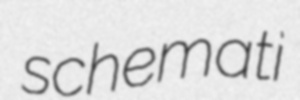
schemati